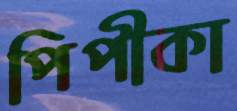
পিপীকা